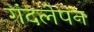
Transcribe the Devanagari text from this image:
गंदलेपन